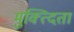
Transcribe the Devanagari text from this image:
मुक्त्दिता